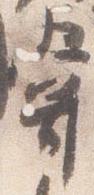
嘗